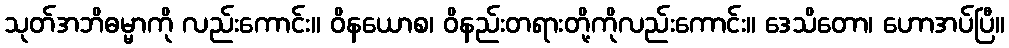
သုတ်အဘိဓမ္မာကို လည်းကောင်း။ ဝိနယောစ၊ ဝိနည်းတရားတို့ကိုလည်းကောင်း။ ဒေသိတော၊ ဟောအပ်ပြီ။